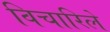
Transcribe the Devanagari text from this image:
विचारिले